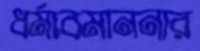
ধর্মাবমাননার